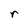
Character: r